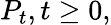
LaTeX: P_{t},t\geq 0,